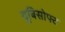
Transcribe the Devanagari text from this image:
यूबिसोफ्ट